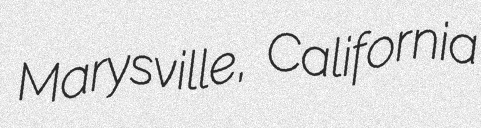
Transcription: Marysville, California